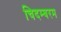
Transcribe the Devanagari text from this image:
चिदम्‍बरम